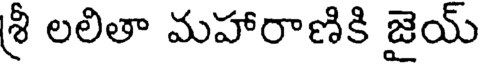
శ్రీ లలితా మహారాణికి జైయ్